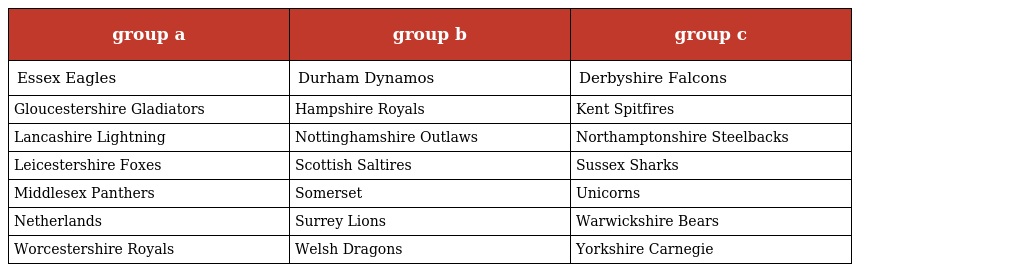
| group a | group b | group c |
 | --- | --- | --- |
 | Essex Eagles | Durham Dynamos | Derbyshire Falcons |
 | Gloucestershire Gladiators | Hampshire Royals | Kent Spitfires |
 | Lancashire Lightning | Nottinghamshire Outlaws | Northamptonshire Steelbacks |
 | Leicestershire Foxes | Scottish Saltires | Sussex Sharks |
 | Middlesex Panthers | Somerset | Unicorns |
 | Netherlands | Surrey Lions | Warwickshire Bears |
 | Worcestershire Royals | Welsh Dragons | Yorkshire Carnegie |